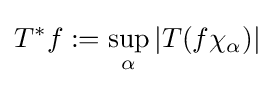
T^{*}f:=\sup _{\alpha }|T(f\chi _{\alpha })|